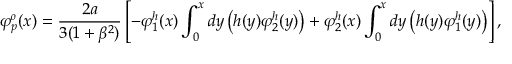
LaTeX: \varphi _ { p } ^ { o } ( x ) = { \frac { 2 a } { 3 ( 1 + \beta ^ { 2 } ) } } \left[ - \varphi _ { 1 } ^ { h } ( x ) \int _ { 0 } ^ { x } d y \left( h ( y ) \varphi _ { 2 } ^ { h } ( y ) \right) + \varphi _ { 2 } ^ { h } ( x ) \int _ { 0 } ^ { x } d y \left( h ( y ) \varphi _ { 1 } ^ { h } ( y ) \right) \right] ,